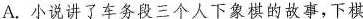
A，小说讲了车务段三个人下象棋的故事，下棋